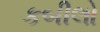
કબીલો